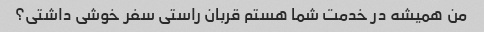
من همیشه در خدمت شما هستم قربان راستی سفر خوشی داشتی؟